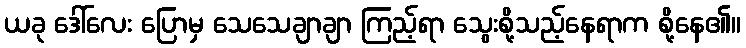
ယခု ဒေါ်လေး ပြောမှ သေသေချာချာ ကြည့်ရာ သွေးစို့သည့်နေရာက စို့နေ၏။